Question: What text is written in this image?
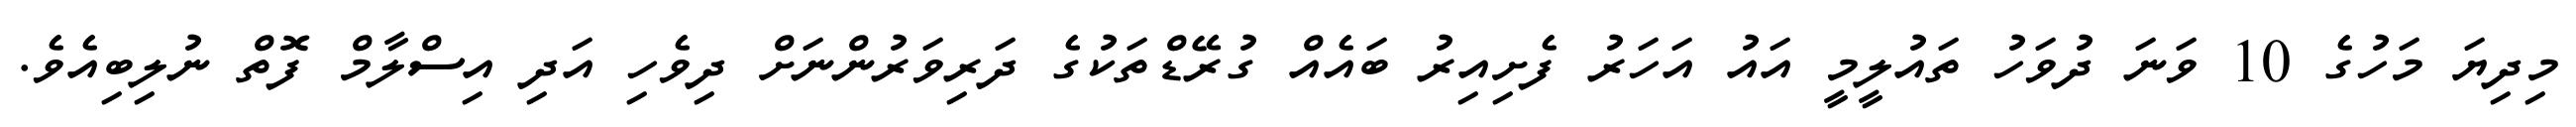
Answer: މިދިޔަ މަހުގެ 10 ވަނަ ދުވަހު ތައުލީމީ އައު އަހަރު ފެށިއިރު ބައެއް ގުރޭޑްތަކުގެ ދަރިވަރުންނަށް ދިވެހި އަދި އިސްލާމް ފޮތް ނުލިބިއެވެ.